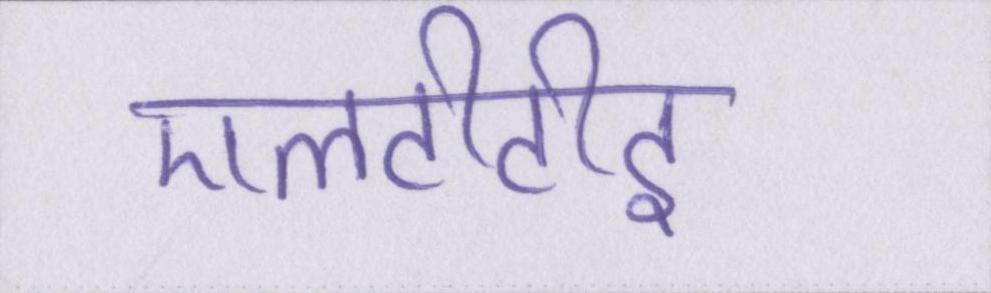
एलटीटीइ